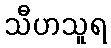
သီဟသူရ